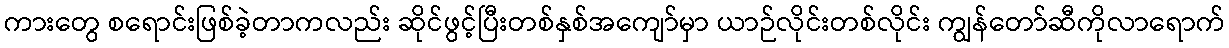
ကားတွေ စရောင်းဖြစ်ခဲ့တာကလည်း ဆိုင်ဖွင့်ပြီးတစ်နှစ်အကျော်မှာ ယာဉ်လိုင်းတစ်လိုင်း ကျွန်တော်ဆီကိုလာရောက်